NAE_EAA_T-354_Tartu_Tamme_Gumnaasium, lk 95
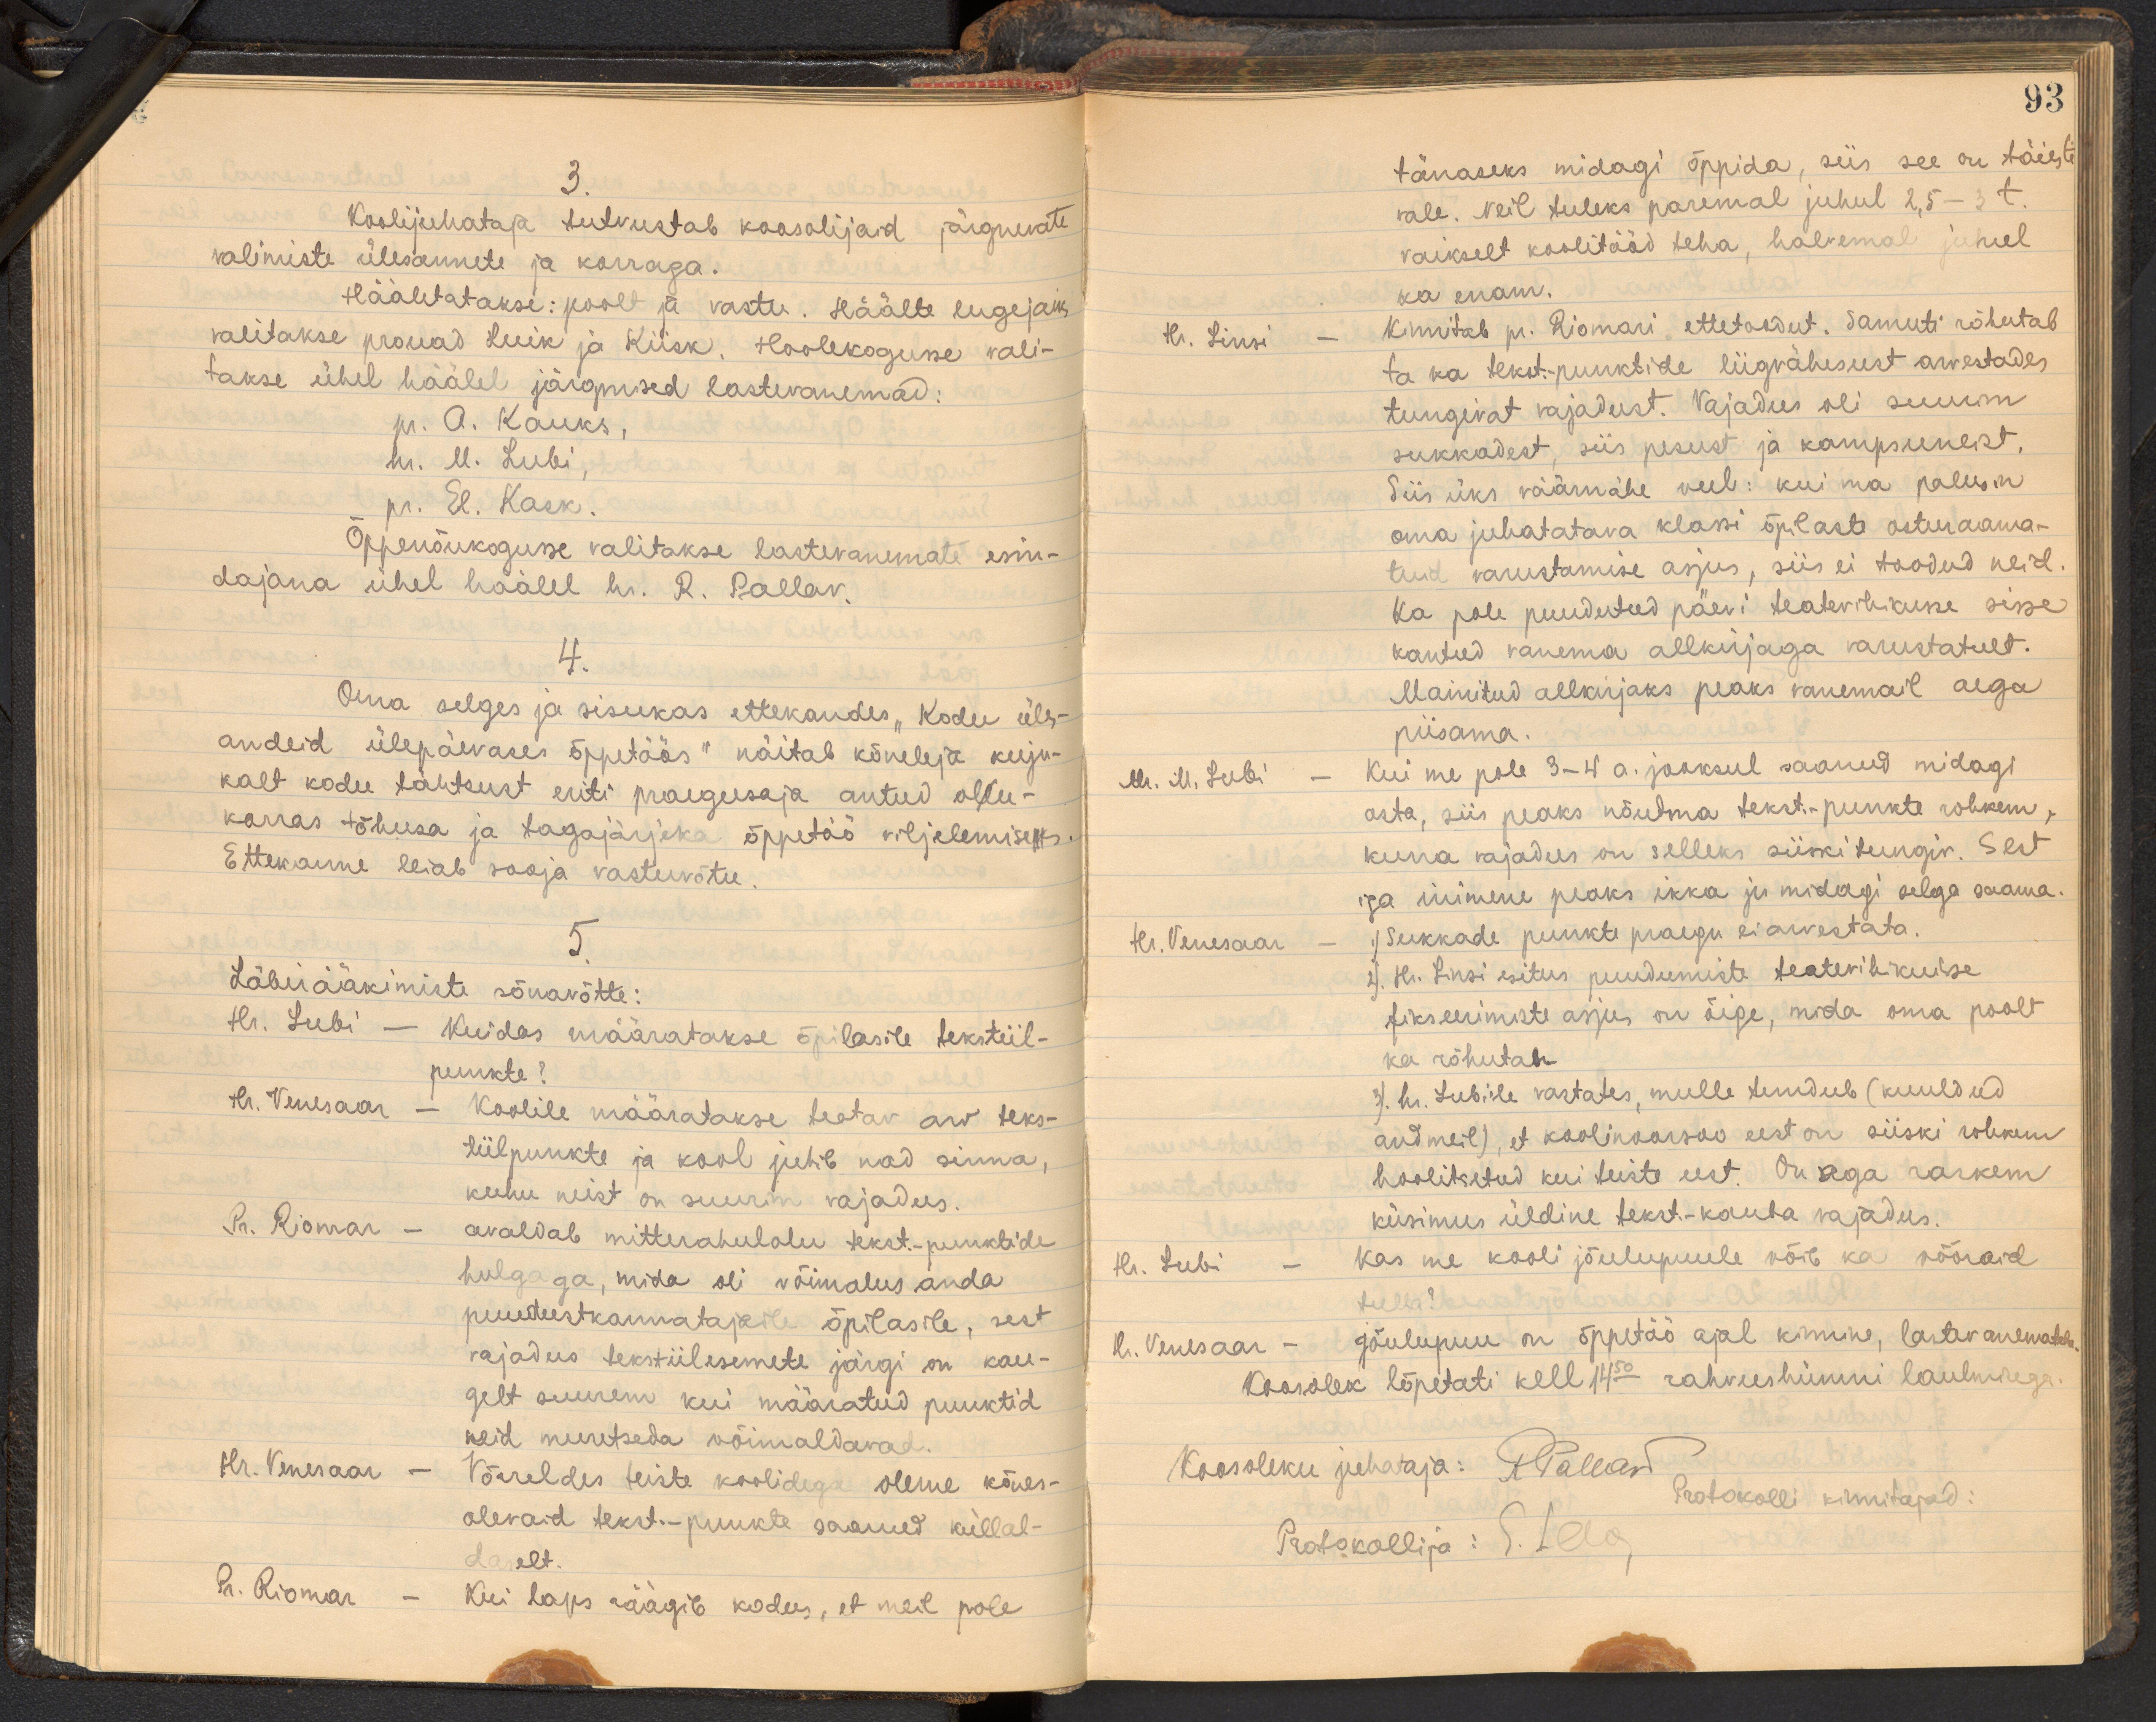
3.
Koolijuhataja tutvustab koosolijaid järgnevate
valimiste ülesannete ja korraga.
Hääletatakse: poolt ja vastu. Häälte lugejaks
valitakse prouad Luik ja Kiisk. Hoolekogusse vali-
takse ühel häälel järgmised lastevanemad:
pr. A. Kauks,
hr. M. Lubi
pr. El. Kask.
Õppenõukogusse valitakse lastevanemate esin-
dajana ühel häälel hr. R. Pallav.
4.
Oma selges ja sisukas ettekandes "Kodu üles-
andeid ülepäevases õppetöös" näitab kõneleja kuju-
kalt kodu tähtsust eriti praegusaja antud olu-
korras tõhusa ja tagajärjeka õppetöö viljelemises
Ettekanne leiab sooja vastuvõtu.
5.
Läbirääkimiste sõnavõtte:
Hr. Lubi - Kuidas määratakse õpilasile tekstiil-
punkte?
hr. Venesaar - Koolile määratakse teatav arv teks-
tiilpunkte ja kool juhib nad sinna,
kuhu neist on suurim vajadus.
Pr. Riomar - avaldab mitterahuloleu tekst. punktide
hulgaga, mida oli võimalus anda.
puudustkannatajale õpilasile, sest
vajadus tekstiilesemete järgi on kau-
gelt suurem kui määratud punktid.
neid muretseda võimaldavad.
Hr. Venesaar - Võrreldes teiste koolidega oleme kõnes-
olevaid tekst.-punkte saanud küllal-
daselt.
Pr. Riomar - Kui laps räägib kodus, et meil pole

93
tänaseks midagi õppida, siis see on täiesti
vale. Neil tuleks paremal juhul 2,5 -3 t.
vaikselt koolitööd teha, halvemal juhul
ka enam.
H. Linsi - kinnitab pr. Riomari ettetoodut. Samuti rõhutab
ta ka tekst.-punktide liigvähesust arvestades
tungivat vajadust. Vajadus oli suurim
sukkadest, siis pesust ja kampsuneist.
Siis üks väärnähe veel: kui ma palusin
oma juhatatava klassi õpilaste osturaama-
tuid varustamise asjus, siis ei toodud neid.
Ka pole puudutud päevi teatevihikuse sisse
kantud vanema allkirjaga varustatult.
mainitud allkirjaks peaks vanemail aega
piisama.
M. M. Lubi - Kui me pole 3-4 a. jooksul saanud midagi
osta, siis peaks nõudma tekst.-punkte rohkem,
kuna vajadus on selleks siiski tungiv. Sest
iga inimene peaks ikka ju midagi selga saama.
Hr. Venesaar - 1) Sukkade punkte praegu ei arvestata.
2) Hr. Linsi esitus puudumiste teatevihikusse.
fikseerimiste asjus on õige, mida oma poolt
ka rõhutan
3) hr. Lubile vastates, mulle tundub (kuuldud
andmeil), et koolinoorsoo eest on siiski rohkem
hoolitsetud kui teiste eest. On aga raskem
küsimus üldine tekst.-kauba vajadus.
Hr. Lubi - Kas me kooli jõulupuule võib ka võõraid
tulla?
R. Venesaar - Jõulupuu on õppetöö ajal kinnine, lastevanematele
Koosolek lõpetati kell 14.50 rahvushümni laulmisega
Koosoleku juhataja: JP allaar
Protokolli kinnitajad:
Protokollija: S. Ila